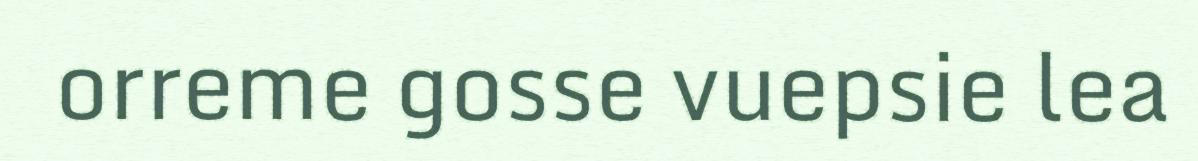
orreme gosse vuepsie lea